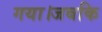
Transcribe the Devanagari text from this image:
गया।जबकि